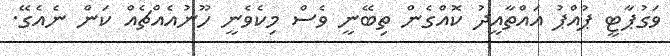
ވަގުޕާޓީ ޕުއްޕު އައްތާއީދު ކޮއްގެން ތިބޭނީ ވެސް މިކެވެނީ ހޫނުއެއްޗެއް ކަން ނެއެގޭ.